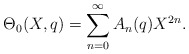
\begin{align*}\Theta_0(X,q)=\sum_{n=0}^{\infty}A_n(q)X^{2n}.\end{align*}